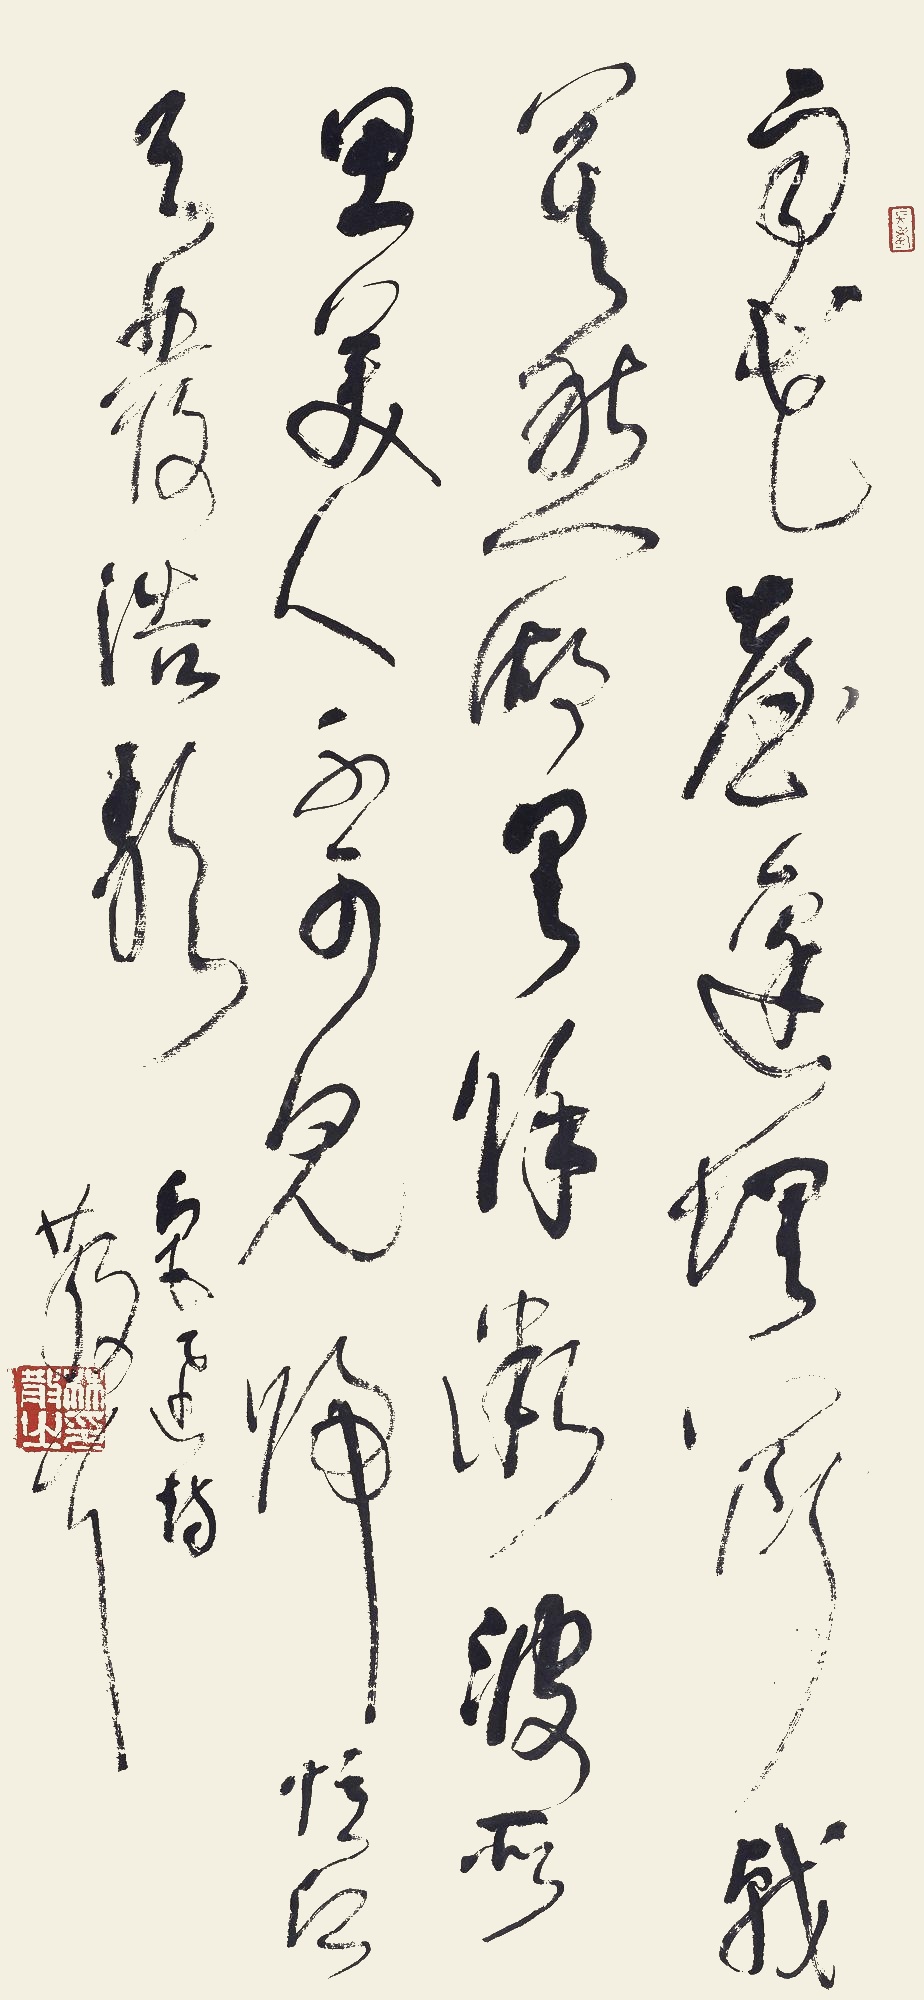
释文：雨花台边埋断戟，莫愁湖里余微波。所思美人不可见，归忆江天发浩歌。鲁迅诗，散耳。